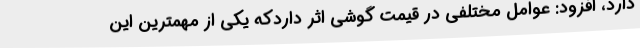
دارد، افزود: عوامل مختلفی در قیمت گوشی اثر داردکه یکی از مهمترین این